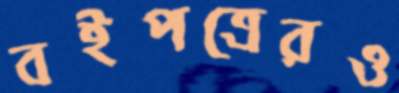
বইপত্রেরও